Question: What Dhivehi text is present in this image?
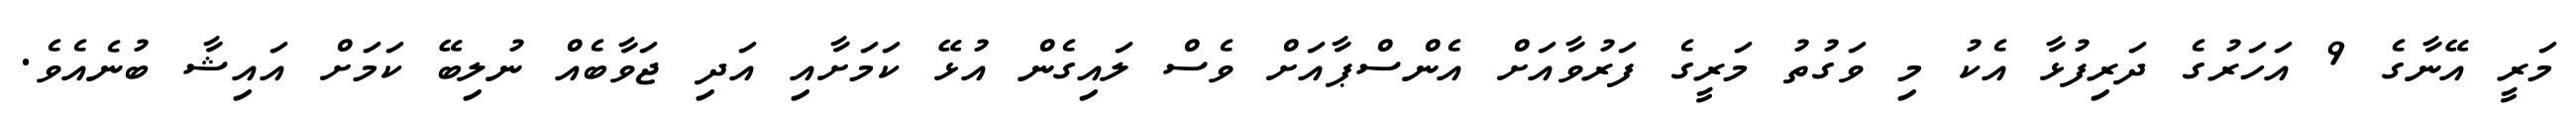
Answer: މަރީ އޭނާގެ 9 އަހަރުގެ ދަރިފުޅާ އެކު މި ވަގުތު މަރީގެ ފަރުވާއަށް އެންސްޕާއަށް ވެސް ލައިގެން އުޅޭ ކަމަށާއި އަދި ޖަވާބެއް ނުލިބޭ ކަމަށް އައިޝާ ބުނެއެވެ.